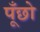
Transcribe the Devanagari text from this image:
पूँछो